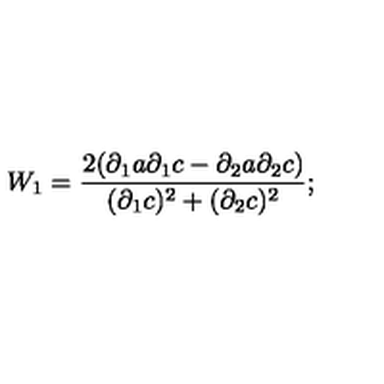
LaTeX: W _ { 1 } = \frac { 2 ( { \partial } _ { 1 } a \partial _ { 1 } c - \partial _ { 2 } a \partial _ { 2 } c ) } { ( { \partial } _ { 1 } c ) ^ { 2 } + ( { \partial } _ { 2 } c ) ^ { 2 } } ;